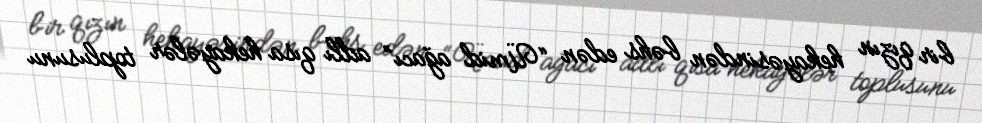
bir qızın hekayəsindən bəhs edən “Ümid ağacı” adlı qısa hekayələr toplusunu